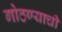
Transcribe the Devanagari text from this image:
गोठण्याची